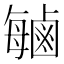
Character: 𫜈